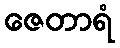
ဇေတာရံ